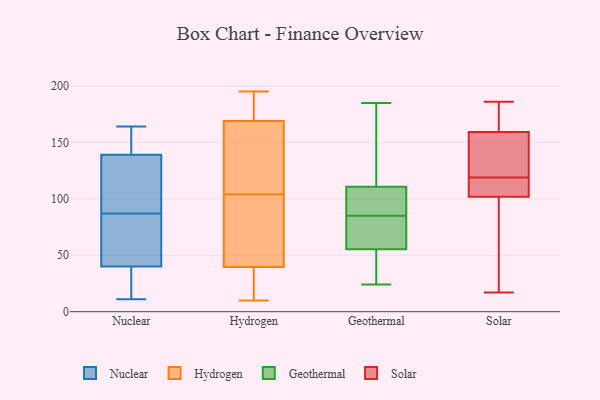
{"axis": {"x": "Tickets Resolved", "y": "Value"}, "legend": ["Geothermal", "Hydrogen", "Nuclear", "Solar"], "data": [{"x": "", "y": 11, "type": "Nuclear"}, {"x": "", "y": 40, "type": "Nuclear"}, {"x": "", "y": 155, "type": "Nuclear"}, {"x": "", "y": 68, "type": "Nuclear"}, {"x": "", "y": 41, "type": "Nuclear"}, {"x": "", "y": 74, "type": "Nuclear"}, {"x": "", "y": 36, "type": "Nuclear"}, {"x": "", "y": 100, "type": "Nuclear"}, {"x": "", "y": 139, "type": "Nuclear"}, {"x": "", "y": 121, "type": "Nuclear"}, {"x": "", "y": 143, "type": "Nuclear"}, {"x": "", "y": 36, "type": "Nuclear"}, {"x": "", "y": 164, "type": "Nuclear"}, {"x": "", "y": 105, "type": "Nuclear"}, {"x": "", "y": 143, "type": "Hydrogen"}, {"x": "", "y": 95, "type": "Hydrogen"}, {"x": "", "y": 195, "type": "Hydrogen"}, {"x": "", "y": 45, "type": "Hydrogen"}, {"x": "", "y": 62, "type": "Hydrogen"}, {"x": "", "y": 68, "type": "Hydrogen"}, {"x": "", "y": 174, "type": "Hydrogen"}, {"x": "", "y": 30, "type": "Hydrogen"}, {"x": "", "y": 193, "type": "Hydrogen"}, {"x": "", "y": 34, "type": "Hydrogen"}, {"x": "", "y": 177, "type": "Hydrogen"}, {"x": "", "y": 23, "type": "Hydrogen"}, {"x": "", "y": 139, "type": "Hydrogen"}, {"x": "", "y": 10, "type": "Hydrogen"}, {"x": "", "y": 113, "type": "Hydrogen"}, {"x": "", "y": 164, "type": "Hydrogen"}, {"x": "", "y": 44, "type": "Geothermal"}, {"x": "", "y": 55, "type": "Geothermal"}, {"x": "", "y": 47, "type": "Geothermal"}, {"x": "", "y": 24, "type": "Geothermal"}, {"x": "", "y": 160, "type": "Geothermal"}, {"x": "", "y": 148, "type": "Geothermal"}, {"x": "", "y": 107, "type": "Geothermal"}, {"x": "", "y": 185, "type": "Geothermal"}, {"x": "", "y": 46, "type": "Geothermal"}, {"x": "", "y": 103, "type": "Geothermal"}, {"x": "", "y": 96, "type": "Geothermal"}, {"x": "", "y": 85, "type": "Geothermal"}, {"x": "", "y": 56, "type": "Geothermal"}, {"x": "", "y": 83, "type": "Geothermal"}, {"x": "", "y": 178, "type": "Geothermal"}, {"x": "", "y": 66, "type": "Geothermal"}, {"x": "", "y": 71, "type": "Geothermal"}, {"x": "", "y": 112, "type": "Geothermal"}, {"x": "", "y": 86, "type": "Geothermal"}, {"x": "", "y": 101, "type": "Solar"}, {"x": "", "y": 17, "type": "Solar"}, {"x": "", "y": 119, "type": "Solar"}, {"x": "", "y": 171, "type": "Solar"}, {"x": "", "y": 116, "type": "Solar"}, {"x": "", "y": 90, "type": "Solar"}, {"x": "", "y": 130, "type": "Solar"}, {"x": "", "y": 169, "type": "Solar"}, {"x": "", "y": 104, "type": "Solar"}, {"x": "", "y": 125, "type": "Solar"}, {"x": "", "y": 186, "type": "Solar"}]}